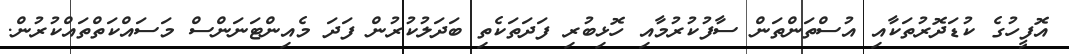
އޮފީހުގެ ކުޑަދޮރުތަކާއި އުސްތަންތަން ސާފުކުރުމާއި ހޮޅިބުރި ފަދަތަކެތި ބަދަލުކުރުން ފަދަ މެއިންޓަނަންސް މަސައްކަތްތައްކުރުން.